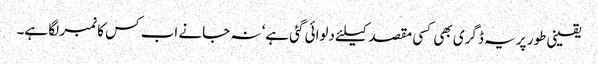
یقینی طور پر یہ ڈگری بھی کسی مقصد کیلئے دلوائی گئی ہے‘ نہ جانے اب کس کا نمبر لگا ہے۔